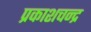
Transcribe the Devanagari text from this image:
प्रकाशचन्द्र